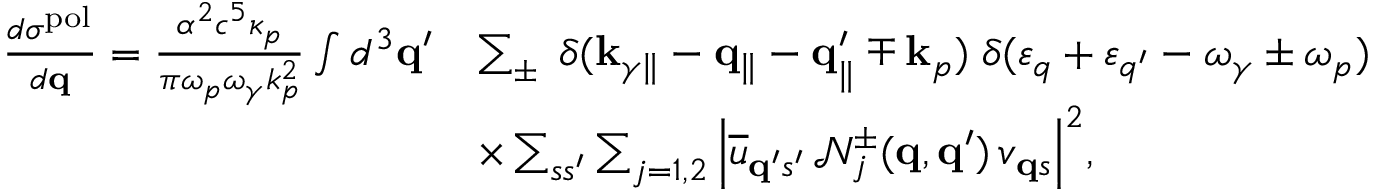
\begin{array} { r l } { \frac { d \sigma ^ { \mathrm { p o l } } } { d { \bf q } } = \frac { \alpha ^ { 2 } c ^ { 5 } \kappa _ { p } } { \pi \omega _ { p } \omega _ { \gamma } k _ { p } ^ { 2 } } \int d ^ { 3 } { \bf q } ^ { \prime } } & { \sum _ { \pm } \; \delta ( { \bf k } _ { \gamma \parallel } - { \bf q } _ { \parallel } - { \bf q } _ { \parallel } ^ { \prime } \mp { \bf k } _ { p } ) \; \delta ( \varepsilon _ { q } + \varepsilon _ { q ^ { \prime } } - \omega _ { \gamma } \pm \omega _ { p } ) } \\ & { \times \sum _ { s s ^ { \prime } } \sum _ { j = 1 , 2 } \Big | \overline { { u } } _ { { \bf q } ^ { \prime } s ^ { \prime } } \, \mathcal { N } _ { j } ^ { \pm } ( { \bf q } , { \bf q } ^ { \prime } ) \, v _ { { \bf q } s } \Big | ^ { 2 } , } \end{array}